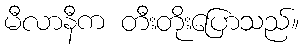
မီလာနီက တီးတိုးပြောသည်။